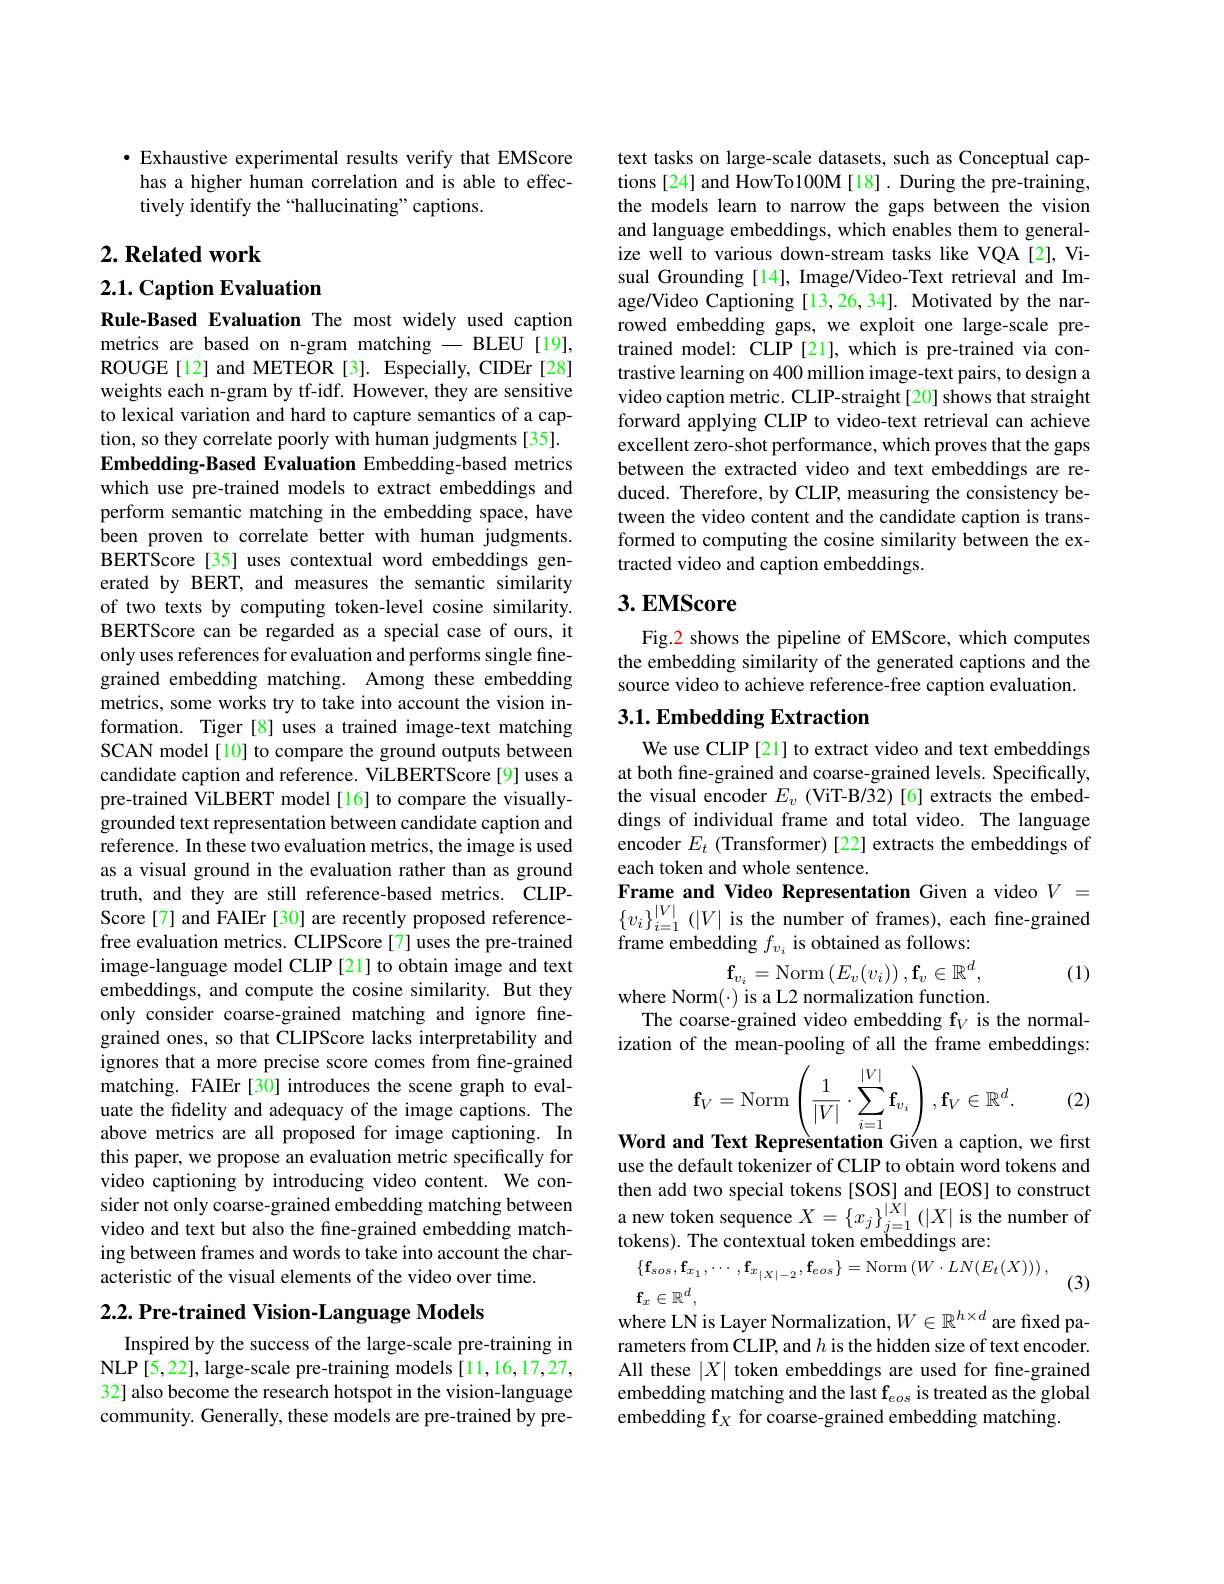
·Exhaustive experimental results verify that EMScore has a higher human correlation and is able to effectively identify the “hallucinating”captions.

## $2. \textbf{Related work}$

2.1. Caption Evaluation

Rule-Based Evaluation The most widely used caption metrics are based on n-gram matching - BLEU [19], ROUGE[12] and METEOR[3]. Especially, CIDEr[28] weights each n-gram by tf-idf. However, they are sensitive to lexical variation and hard to capture semantics of a caption, so they correlate poorly with human judgments [35]. Embedding-Based Evaluation Embedding-based metrics which use pre-trained models to extract embeddings and perform semantic matching in the embedding space, have been proven to correlate better with human judgments. BERTScore [35] uses contextual word embeddings generated by BERT, and measures the semantic similarity of two texts by computing token-level cosine similarity. BERTScore can be regarded as a special case of ours, it only uses references for evaluation and performs single finegrained embedding matching. Among these embedding metrics, some works try to take into account the vision information. Tiger[8] uses a trained image-text matching SCAN model [10] to compare the ground outputs between candidate caption and reference. ViLBERTScore[9] uses a pre-trained ViLBERT model[16] to compare the visuallygrounded text representation between candidate caption and reference. In these two evaluation metrics, the image is used as a visual ground in the evaluation rather than as ground truth, and they are still reference-based metrics. CLIPScore[7] and FAIEr [30] are recently proposed referencefree evaluation metrics. CLIPScore[7] uses the pre-trained image-language model CLIP [21] to obtain image and text embeddings, and compute the cosine similarity. But they only consider coarse-grained matching and ignore finegrained ones, so that CLIPScore lacks interpretability and ignores that a more precise score comes from fine-grained matching. FAIEr[30] introduces the scene graph to evaluate the fidelity and adequacy of the image captions. The above metrics are all proposed for image captioning. In this paper, we propose an evaluation metric specifically for video captioning by introducing video content. We consider not only coarse-grained embedding matching between video and text but also the fine-grained embedding matching between frames and words to take into account the characteristic of the visual elements of the video over time.
$2. 2. \textbf{Pre- trained Vision- Language Models}$

Inspired by the success of the large-scale pre-training in NLP [5,22], large-scale pre-training models [11,16,17,27, 32] also become the research hotspot in the vision-language community. Generally, these models are pre-trained by pre-

text tasks on large-scale datasets, such as Conceptual captions[24] and HowTo100M[18]. During the pre-training, the models learn to narrow the gaps between the vision and language embeddings, which enables them to generalize well to various down-stream tasks like VQA [2], Visual Grounding [14], Image/Video-Text retrieval and Image/Video Captioning [13,26,34]. Motivated by the narrowed embedding gaps, we exploit one large-scale pretrained model: CLIP [21], which is pre-trained via contrastive learning on 400 million image-text pairs, to design a video caption metric. CLIP-straight[20] shows that straight forward applying CLIP to video-text retrieval can achieve excellent zero-shot performance, which proves that the gaps between the extracted video and text embeddings are reduced. Therefore, by CLIP, measuring the consistency between the video content and the candidate caption is transformed to computing the cosine similarity between the extracted video and caption embeddings.

## $3. \textbf{EMScore}$

Fig.2 shows the pipeline of EMScore, which computes the embedding similarity of the generated captions and the source video to achieve reference-free caption evaluation.

## $3. 1. \textbf{Embedding Extraction}$

We use CLIP [21] to extract video and text embeddings at both fine-grained and coarse-grained levels. Specifically, the visual encoder $E_v$ (ViT-B/32)[6]extracts the embeddings of individual frame and total video. The language encoder $E_t$ (Transformer) [22] extracts the embeddings of each token and whole sentence.
$\textbf{Frame and Video Representation Given a video }V=$ $\{ v_{i}\} _{i= 1}^{| V| }\left ( | V| \text{ is the number of frames}\right ) $, each fine- grained frambe dding f inobtoind follormed
frame embedding $f_{v_i}$ is obtained as follows:
$$\mathbf{f}_{v_i}=\mathrm{Norm}\left(E_v(v_i)\right),\mathbf{f}_v\in\mathbb{R}^d,$$
(1)

where Norm(\cdot) is a L2 normalization function.

The coarse-grained video embedding f$_V$ is the normalization of the mean-pooling of all the frame embeddings:
$$\mathbf{f}_{V}=\mathrm{Norm}\left(\frac{1}{|V|}\cdot\sum_{i=1}^{|V|}\mathbf{f}_{v_{i}}\right),\mathbf{f}_{V}\in\mathbb{R}^{d}.$$
Word and Text Representation Given a caption, we first

(2)

use the default tokenizer of CLIP to obtain word tokens and then add two special tokens [SOS] and [EOS] to construct a new token sequence $X=\{x_j\}_{j=1}^{|X|}(|X|$ is the number of tokens). The contextual token embeddings are:
$$\begin{aligned}&\{\mathbf{f}_{sos},\mathbf{f}_{x_{1}},\cdots,\mathbf{f}_{x_{|X|-2}},\mathbf{f}_{eos}\}=\mathrm{Norm}\left(W\cdot LN(E_{t}(X))\right),\\&\mathbf{f}\in\mathbb{R}^{d}\end{aligned}$$
(3)
where LN is Layer Normalization, $W\in\mathbb{R}^{h\times d}$ are fixed parameters from CLIP, and $h$ is the hidden size of text encoder. All these $|X|$ token embeddings are used for fine-grained embedding matching and the last f$_eos$ is treated as the global embedding f$_X$ for coarse-grained embedding matching.